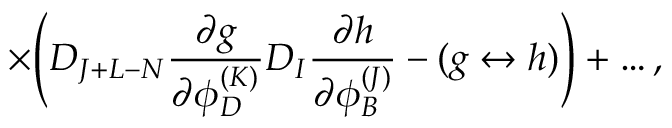
\times \Biggl ( D _ { J + L - N } { \frac { \partial g } { \partial \phi _ { D } ^ { ( K ) } } } D _ { I } { \frac { \partial h } { \partial \phi _ { B } ^ { ( J ) } } } - ( g \leftrightarrow h ) \Biggr ) + \ldots ,